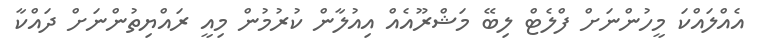
އެއްލައްކަ މީހުންނަށް ފްލެޓް ލިބޭ މަޝްރޫއެއް އިއުލާން ކުރުމުން މިއީ ރައްޔިތުންނަށް ދައްކާ